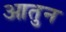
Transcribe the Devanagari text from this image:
आतुन